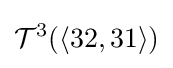
{\mathcal {T}}^{3}(\langle 32,31\rangle )